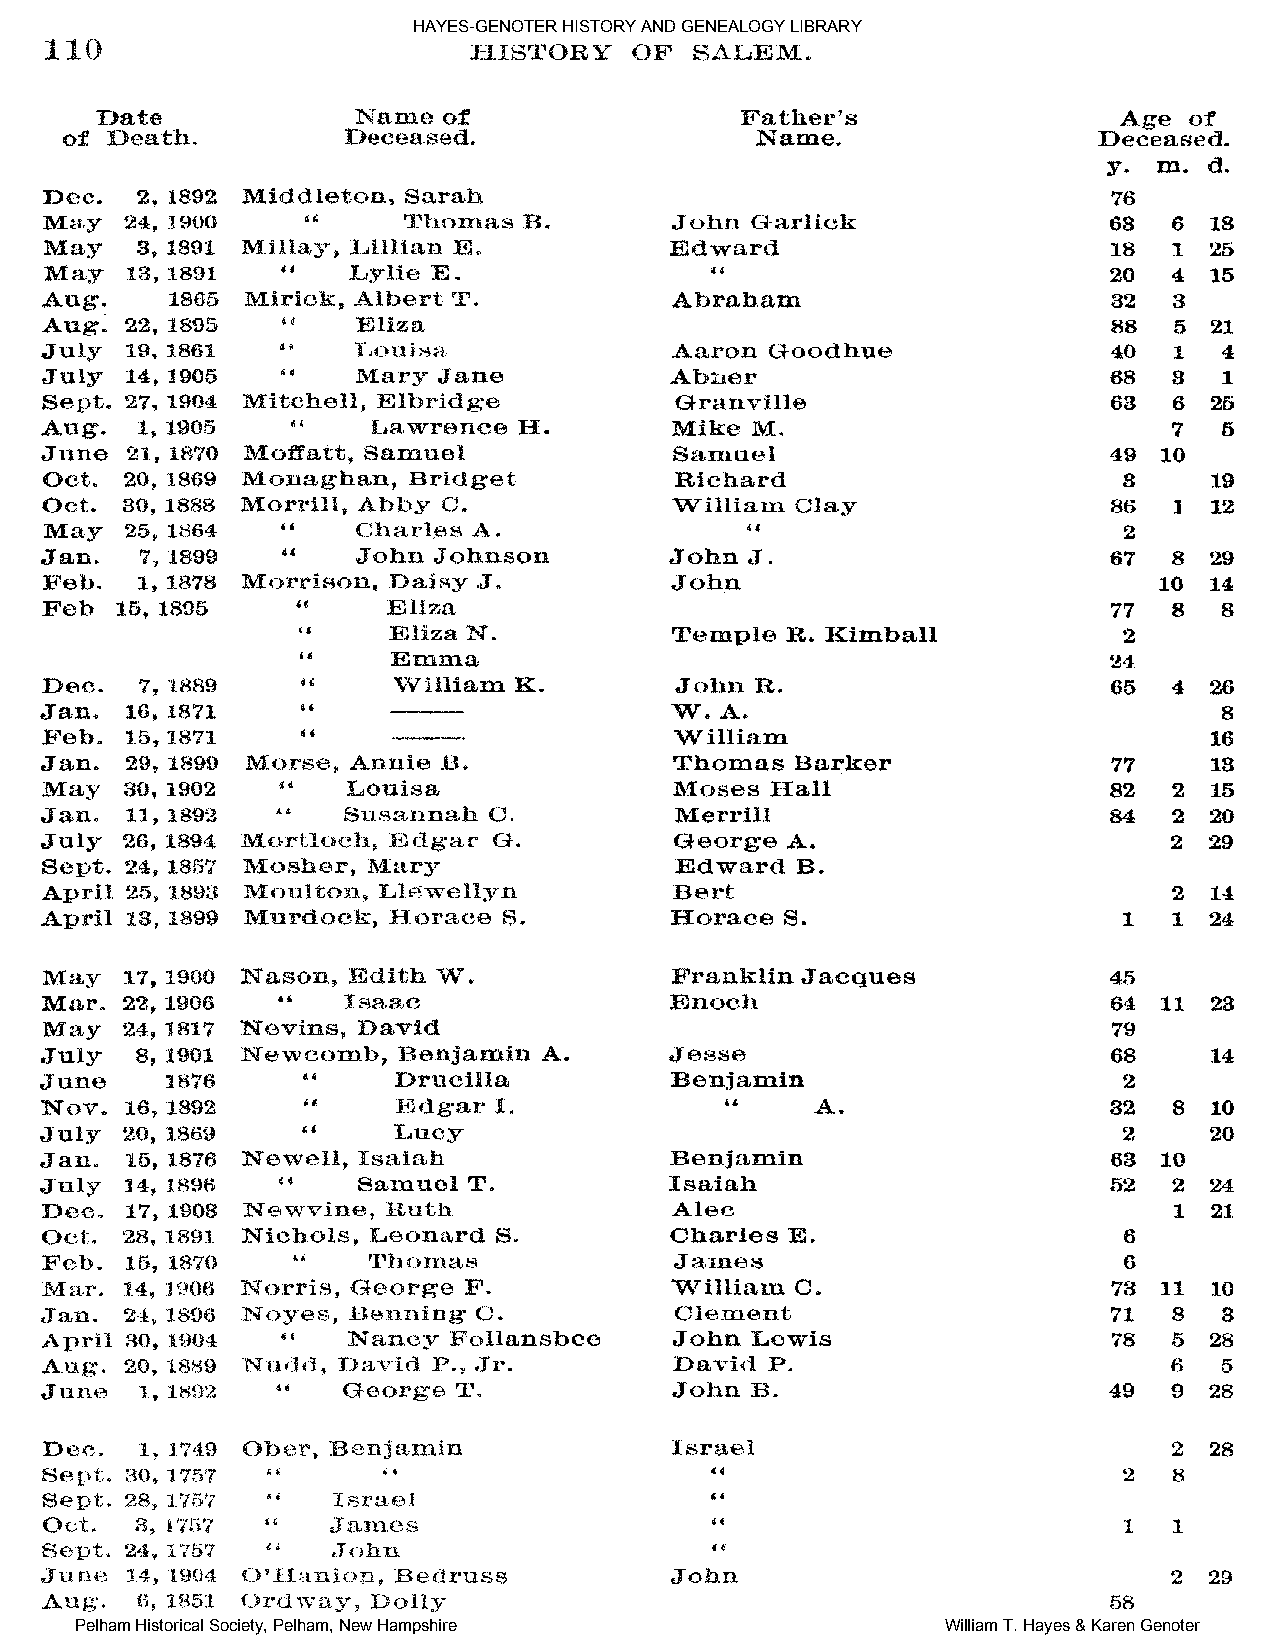
HAYES-GENOTER HISTORY AND GENEALOGY LIBRARY
 Pelham Historical Society, Pelham, New Hampshire          William T. Hayes & Karen Genoter